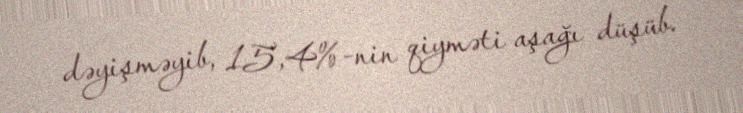
dəyişməyib, 15,4%-nin qiyməti aşağı düşüb.